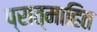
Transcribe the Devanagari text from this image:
प्रात्माहित